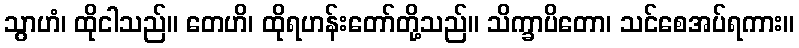
သွာဟံ၊ ထိုငါသည်။ တေဟိ၊ ထိုရဟန်းတော်တို့သည်။ သိက္ခာပိတော၊ သင်စေအပ်ရကား။